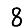
Digit: 8